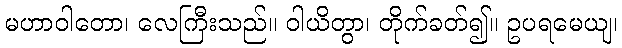
မဟာဝါတော၊ လေကြီးသည်။ ဝါယိတွာ၊ တိုက်ခတ်၍။ ဥပရမေယျ၊